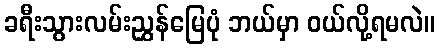
ခရီးသွားလမ်းညွှန်မြေပုံ ဘယ်မှာ ဝယ်လို့ရမလဲ။